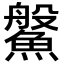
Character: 𩺓